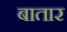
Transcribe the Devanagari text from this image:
बातार